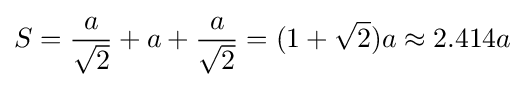
S={\frac {a}{\sqrt {2}}}+a+{\frac {a}{\sqrt {2}}}=(1+{\sqrt {2}})a\approx 2.414a